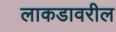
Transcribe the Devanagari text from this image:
लाकडावरील